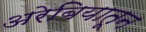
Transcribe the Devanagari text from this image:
अरेबियातून